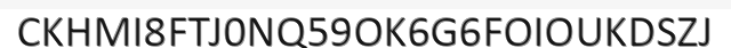
CKHMI8FTJ0NQ59OK6G6FOIOUKDSZJ